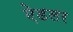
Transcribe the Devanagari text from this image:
ऐडलर